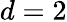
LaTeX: d=2